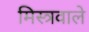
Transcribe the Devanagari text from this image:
मिस्त्रवाले